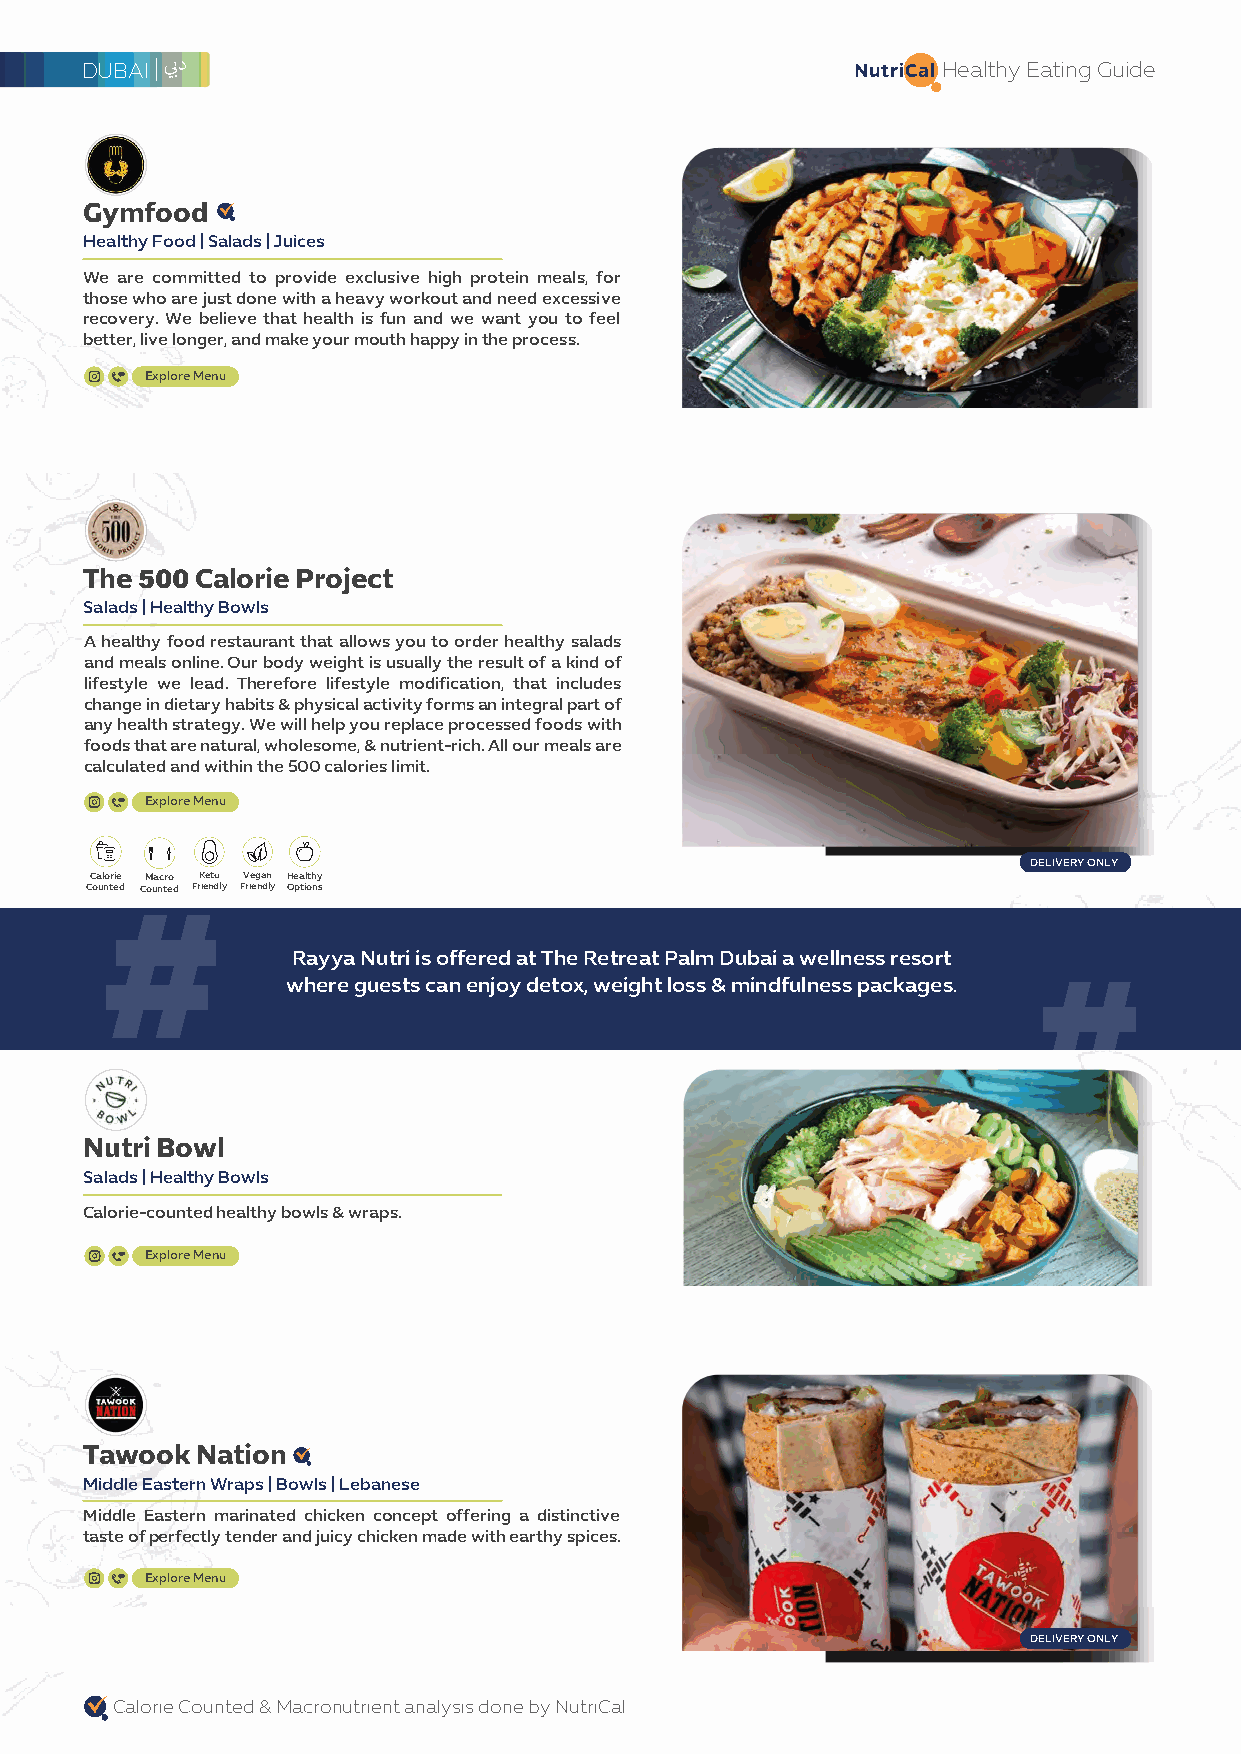
DUBAI                                               NutriCal Healthy Eating Guide
 •
 Gymfood
 Healthy Food | Salads | Juices
 We are committed to provide exclusive high protein meals, for
 those who are just done with a heavy workout and need excessive
 recovery. We believe that health is fun and we want you to feel
 better, live longer, and make your mouth happy in the process.
 Explore Menu
 DELIVERY ONLY
 Calorie Macro Gluten Free Healthy
 Counted Counted Friendly Options
 500
 The    Calorie Project
 Salads | Healthy Bowls
 A healthy food restaurant that allows you to order healthy salads
 and meals online. Our body weight is usually the result of a kind of
 lifestyle we lead. Therefore lifestyle modification, that includes
 change in dietary habits & physical activity forms an integral part of
 any health strategy. We will help you replace processed foods with
 foods that are natural, wholesome, & nutrient-rich. All our meals are
 calculated and within the 500 calories limit.
 Explore Menu
 DELIVERY ONLY
 Calorie Macro Keto Vegan Healthy
 Counted Counted Friendly Friendly Options
 #
 Rayya Nutri is offered at The Retreat Palm Dubai a wellness resort
 #
 where guests can enjoy detox, weight loss & mindfulness packages.
 Nutri Bowl
 Salads | Healthy Bowls
 Calorie-counted healthy bowls & wraps.
 Explore Menu
 DELIVERY ONLY
 Calorie Macro Healthy
 Counted Counted Options
 •
 Tawook Nation
 Middle Eastern Wraps | Bowls | Lebanese
 Middle Eastern marinated chicken concept offering a distinctive
 taste of perfectly tender and juicy chicken made with earthy spices.
 Explore Menu
 DELIVERY ONLY
 Calorie Macro Keto Healthy
 Counted Counted Friendly Indulgence
 Calorie Counted & Macronutrient analysis done by NutriCal